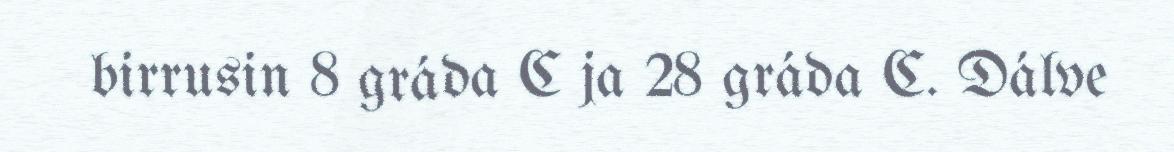
birrusin 8 gráda C ja 28 gráda C. Dálve